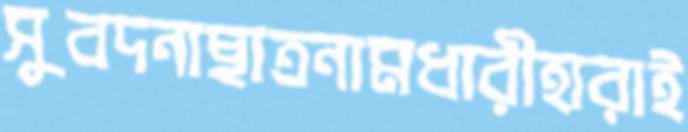
সুবদনাছাত্রনামধারীহারাই